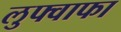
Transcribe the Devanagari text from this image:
लुफ्वाफा